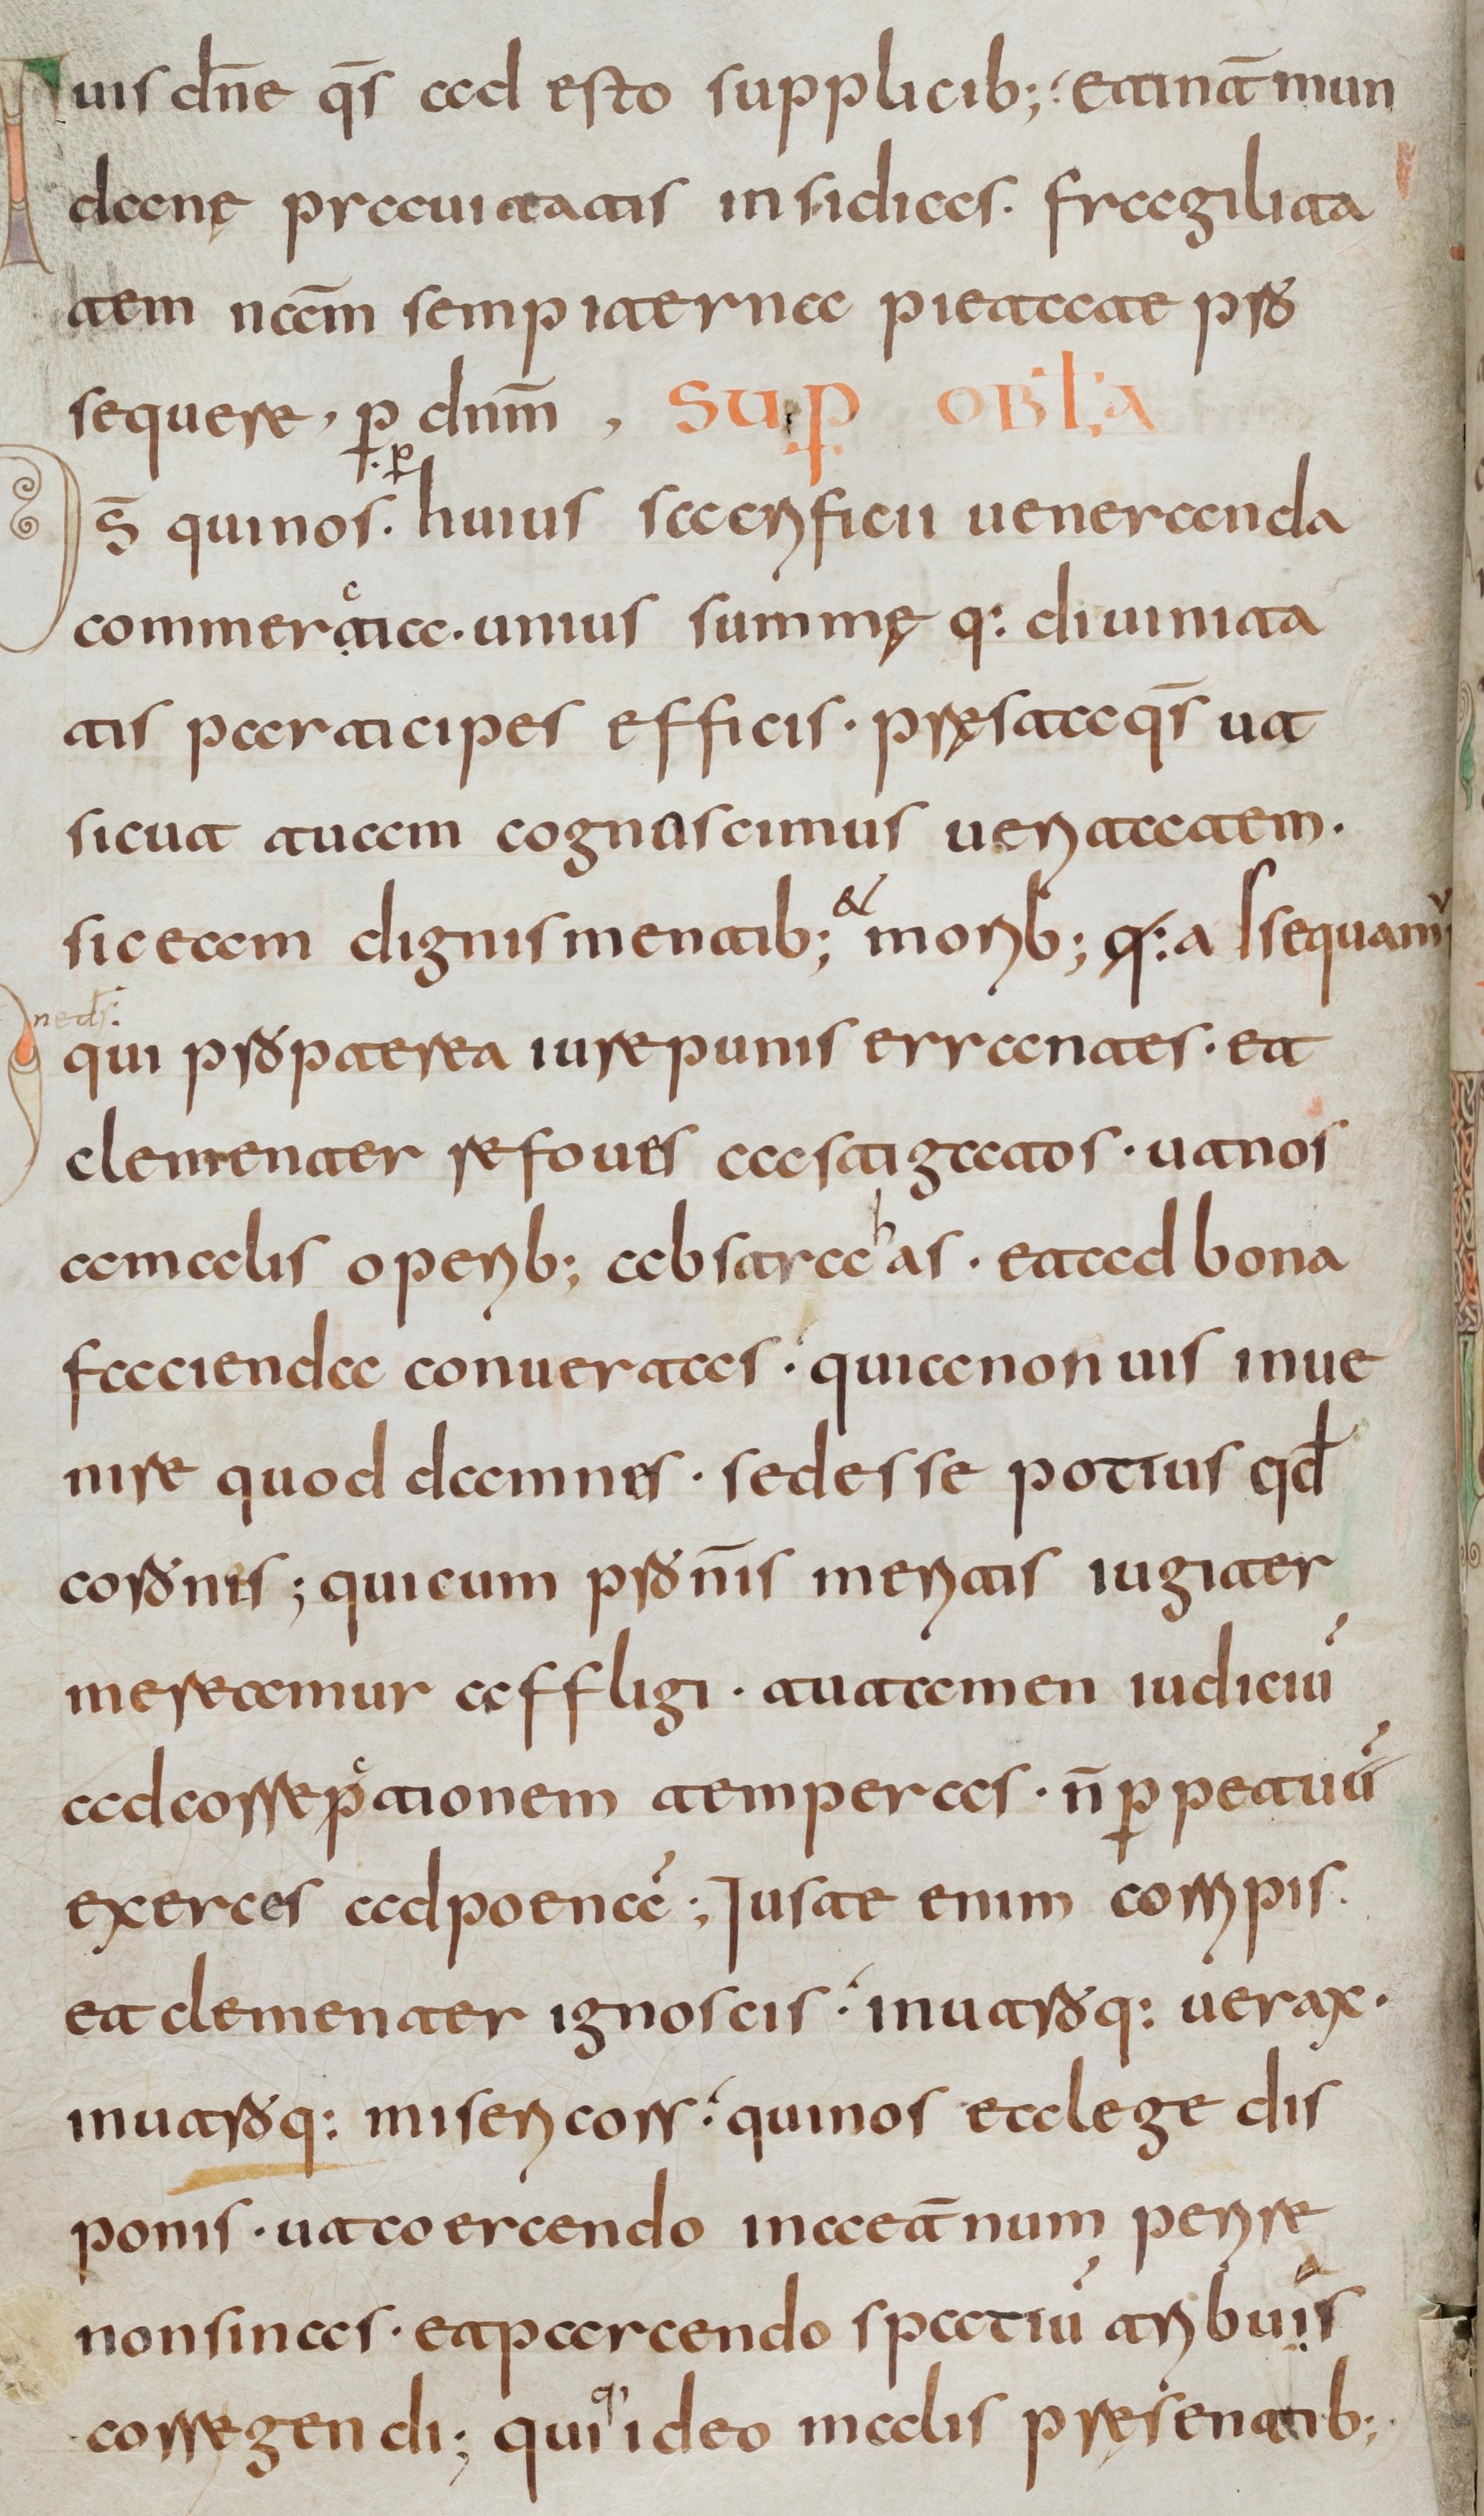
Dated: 800–830